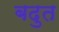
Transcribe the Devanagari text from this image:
बदुत